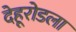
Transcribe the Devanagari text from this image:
देहूरोडला